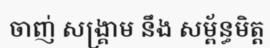
ចាញ់ សង្គ្រាម នឹង សម្ព័ន្ធមិត្ត